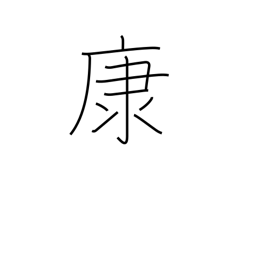
Meaning: ease